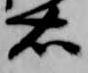
右